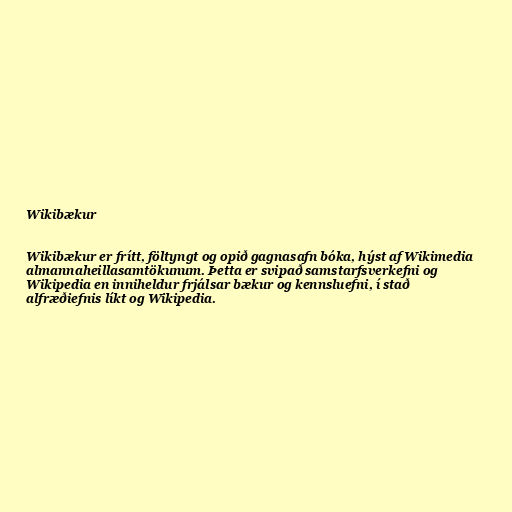
Wikibækur

Wikibækur er frítt, föltyngt og opið gagnasafn bóka, hýst af Wikimedia
almannaheillasamtökunum. Þetta er svipað samstarfsverkefni og
Wikipedia en inniheldur frjálsar bækur og kennsluefni, í stað
alfræðiefnis líkt og Wikipedia.